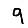
Digit: 9